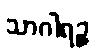
သာဂါရဉ္စ